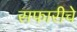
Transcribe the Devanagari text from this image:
सफारीचे